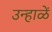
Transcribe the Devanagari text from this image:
उन्हाळें